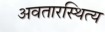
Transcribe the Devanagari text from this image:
अवतारस्थित्य